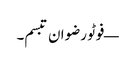
— فوٹو رضوان تبسم۔